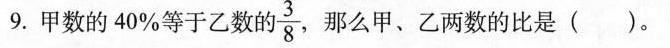
9.甲数的40%等于乙数的 \frac{3}{8}那么甲、乙两数的比是()。